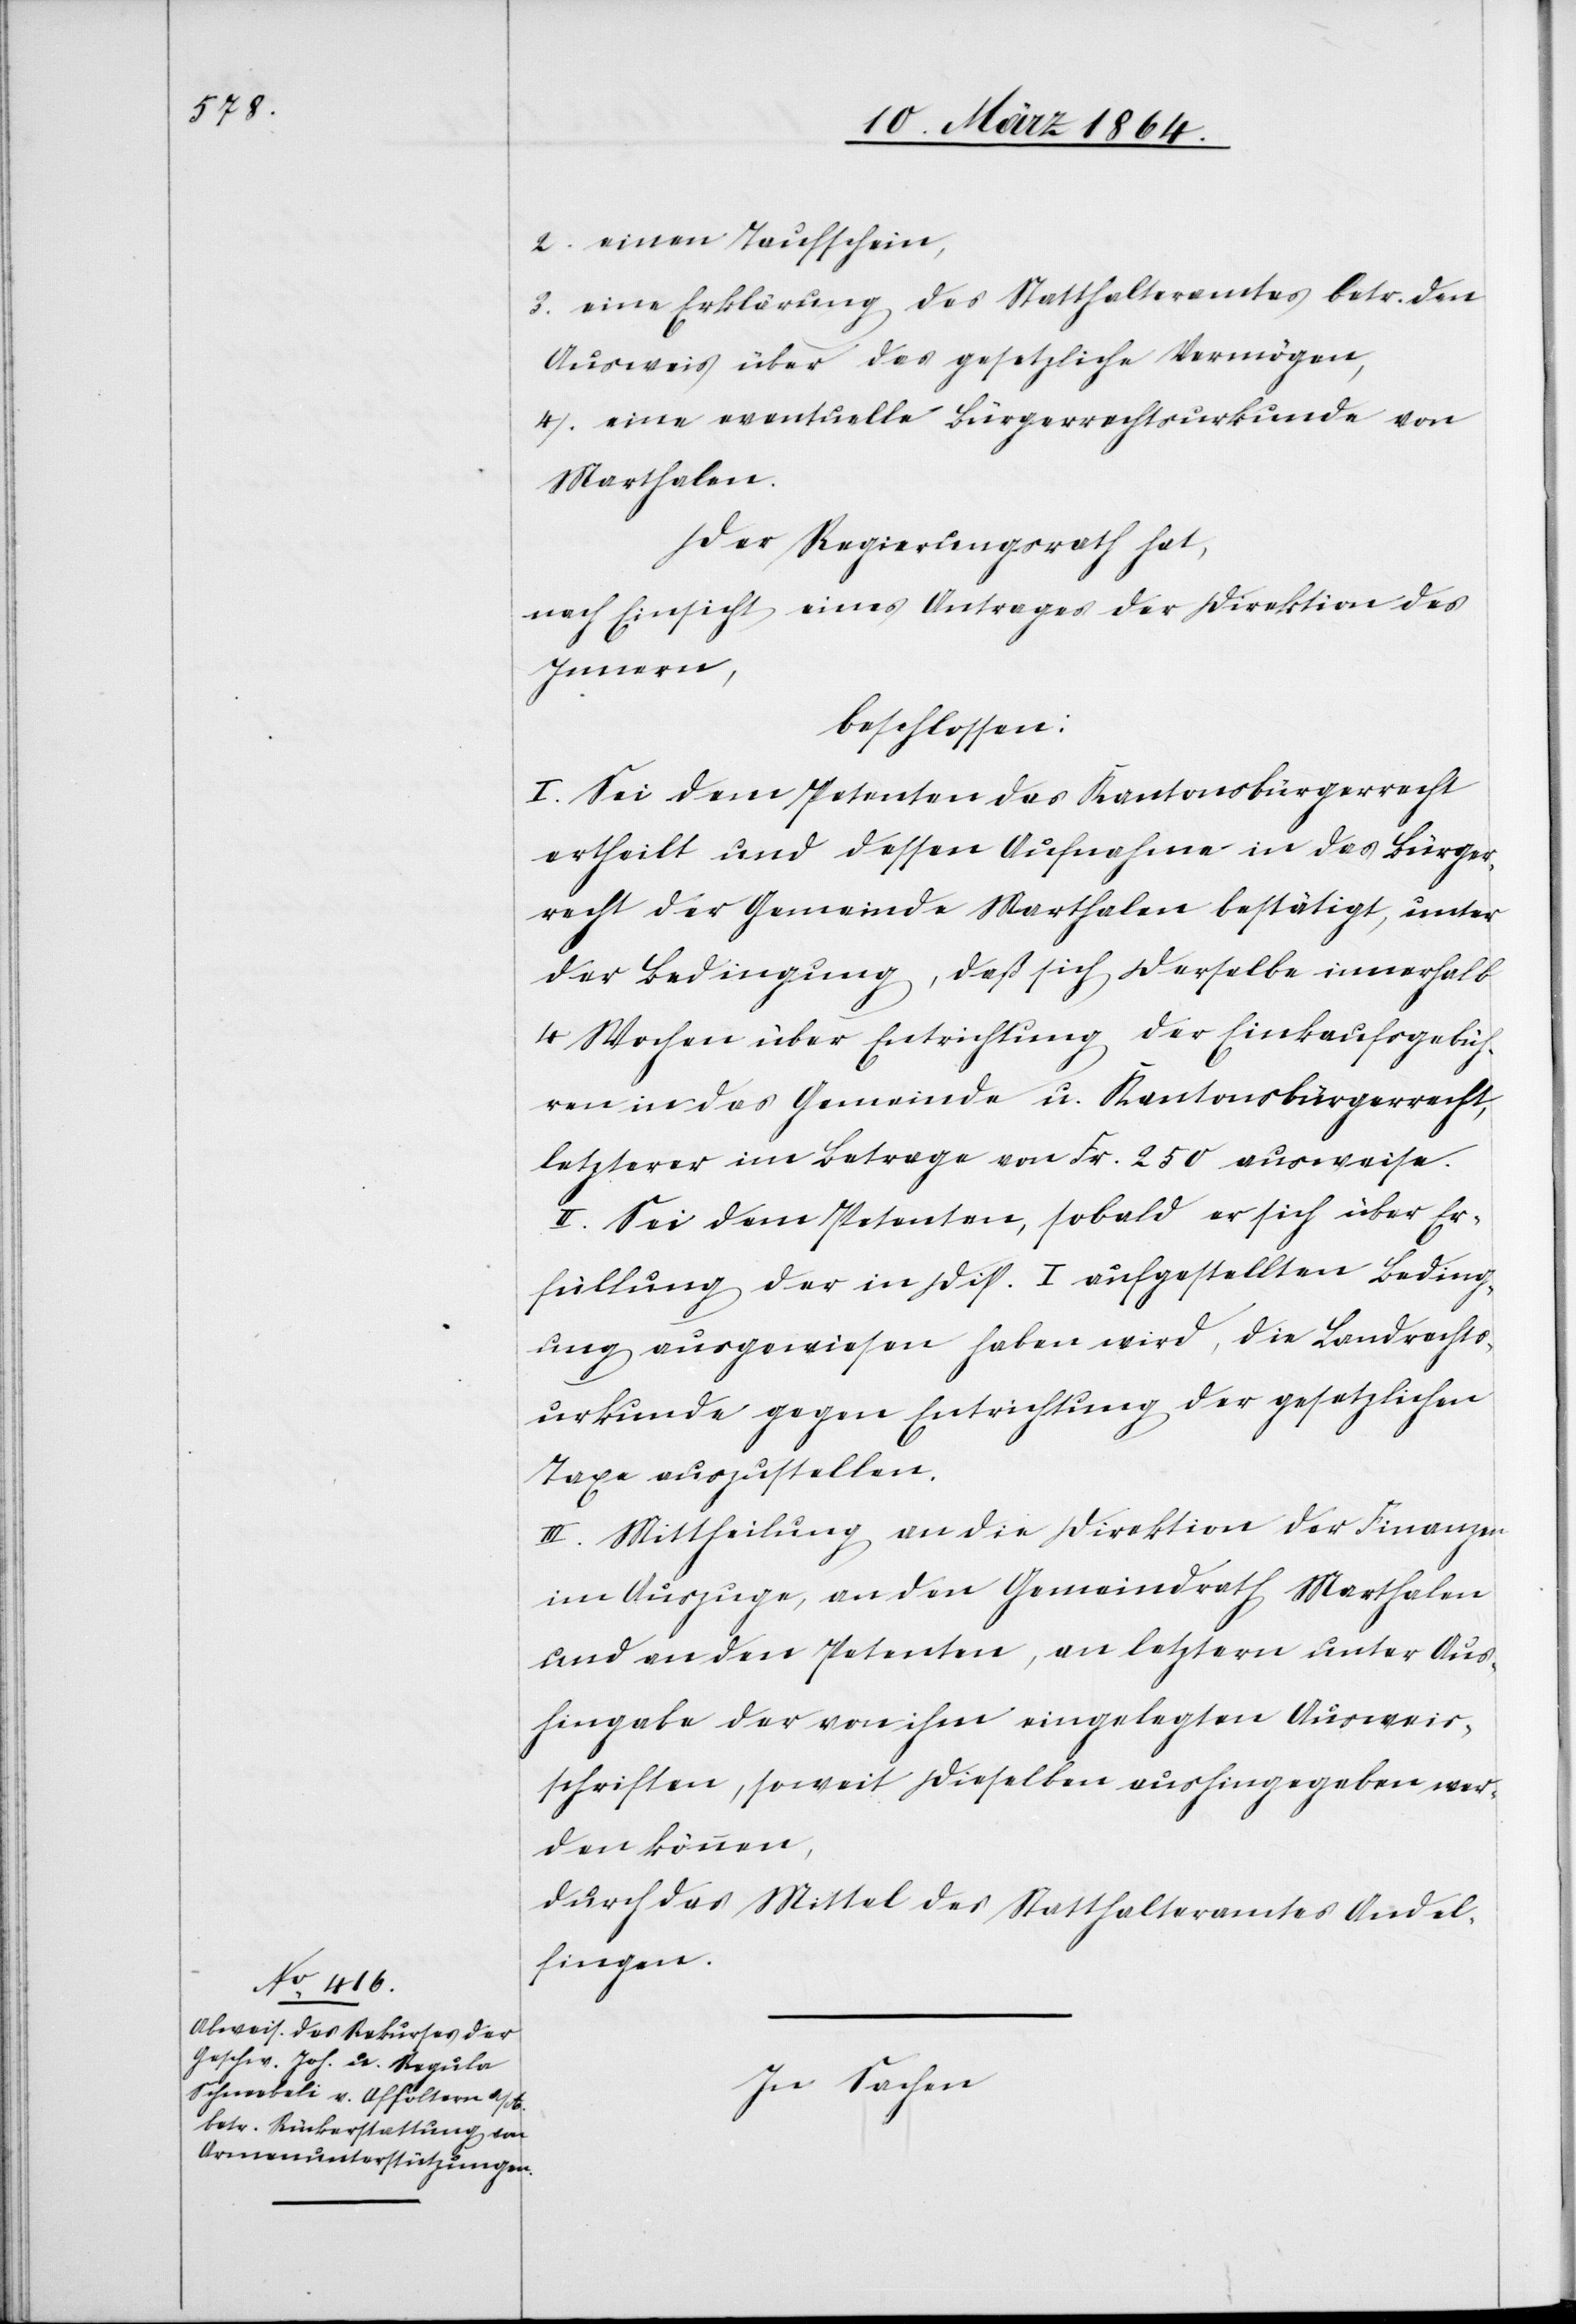
2.) einen Taufschein,
3.) eine Erklärung des Statthalteramtes betr. den
Ausweis über das gesetzliche Vermögen,
4.) eine eventuelle Bürgerrechtsurkunde von
Marthalen.
Der Regierungsrath hat,
nach Einsicht eines Antrages der Direktion des
Innern,
beschlossen:
I. Sei dem Petenten das Kantonsbürgerrecht
ertheilt und dessen Aufnahme in das Bürger¬
recht der Gemeinde Marthalen bestätigt, unter
der Bedingung, daß sich derselbe innerhalb
4 Wochen über Entrichtung der Einkaufsgebüh¬
ren in das Gemeinde u. Kantonsbürgerrecht,
letzterer im Betrage von Fr. 250 ausweise.
II. Sei dem Petenten, sobald er sich über Er¬
füllung der in Disp. I aufgestellten Beding¬
ung ausgewiesen haben wird, die Landrechts¬
urkunde gegen Entrichtung der gesetzlichen
Taxe auszustellen.
III. Mittheilung an die Direktion der Finanzen
im Auszuge, an den Gemeindrath Marthalen
und an den Petenten, an letztern unter Aus¬
hingabe der von ihm eingelegten Ausweis¬
schriften, soweit dieselben aushingegeben wer¬
den können,
durch das Mittel des Statthalteramtes Andel¬
fingen.
In Sachen